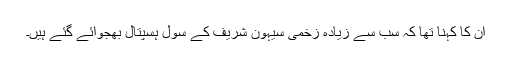
ان کا کہنا تھا کہ سب سے زیادہ زخمی سیہون شریف کے سول ہسپتال بھجوائے گئے ہیں۔